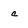
Character: c